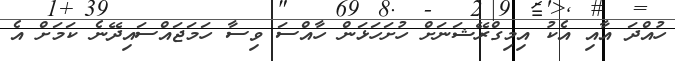
ހުއްދަ އާއި އެކު އިމިގްރޭޝަނަށް ހުށަހަޅަން ހާއްސަ ވިސާ ހަމަޖައްސައިދޭނެ ކަމަށް އެ